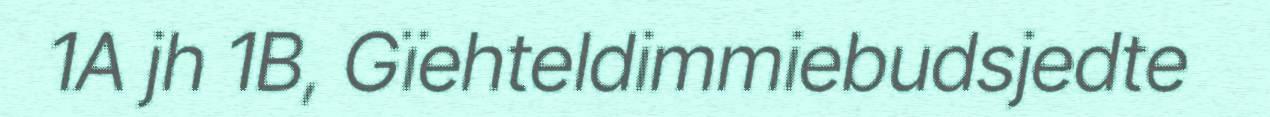
1A jh 1B, Gïehteldimmiebudsjedte